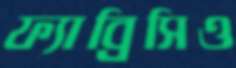
ফ্যাব্রিসিও